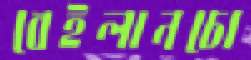
বেইলানচো